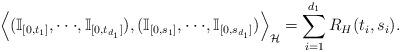
LaTeX: \begin{align*}\left\langle (\mathbb I_{[0,t_1]},\cdot\cdot\cdot,\mathbb I_{[0,t_{d_{1}}]}),(\mathbb I_{[0,s_1]},\cdot\cdot\cdot,\mathbb I_{[0,s_{d_{1}}]})\right\rangle_{\mathcal{H}}=\sum_{i=1}^{d_{1}} R_H(t_i,s_i).\end{align*}